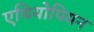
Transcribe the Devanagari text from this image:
एथियोपियन